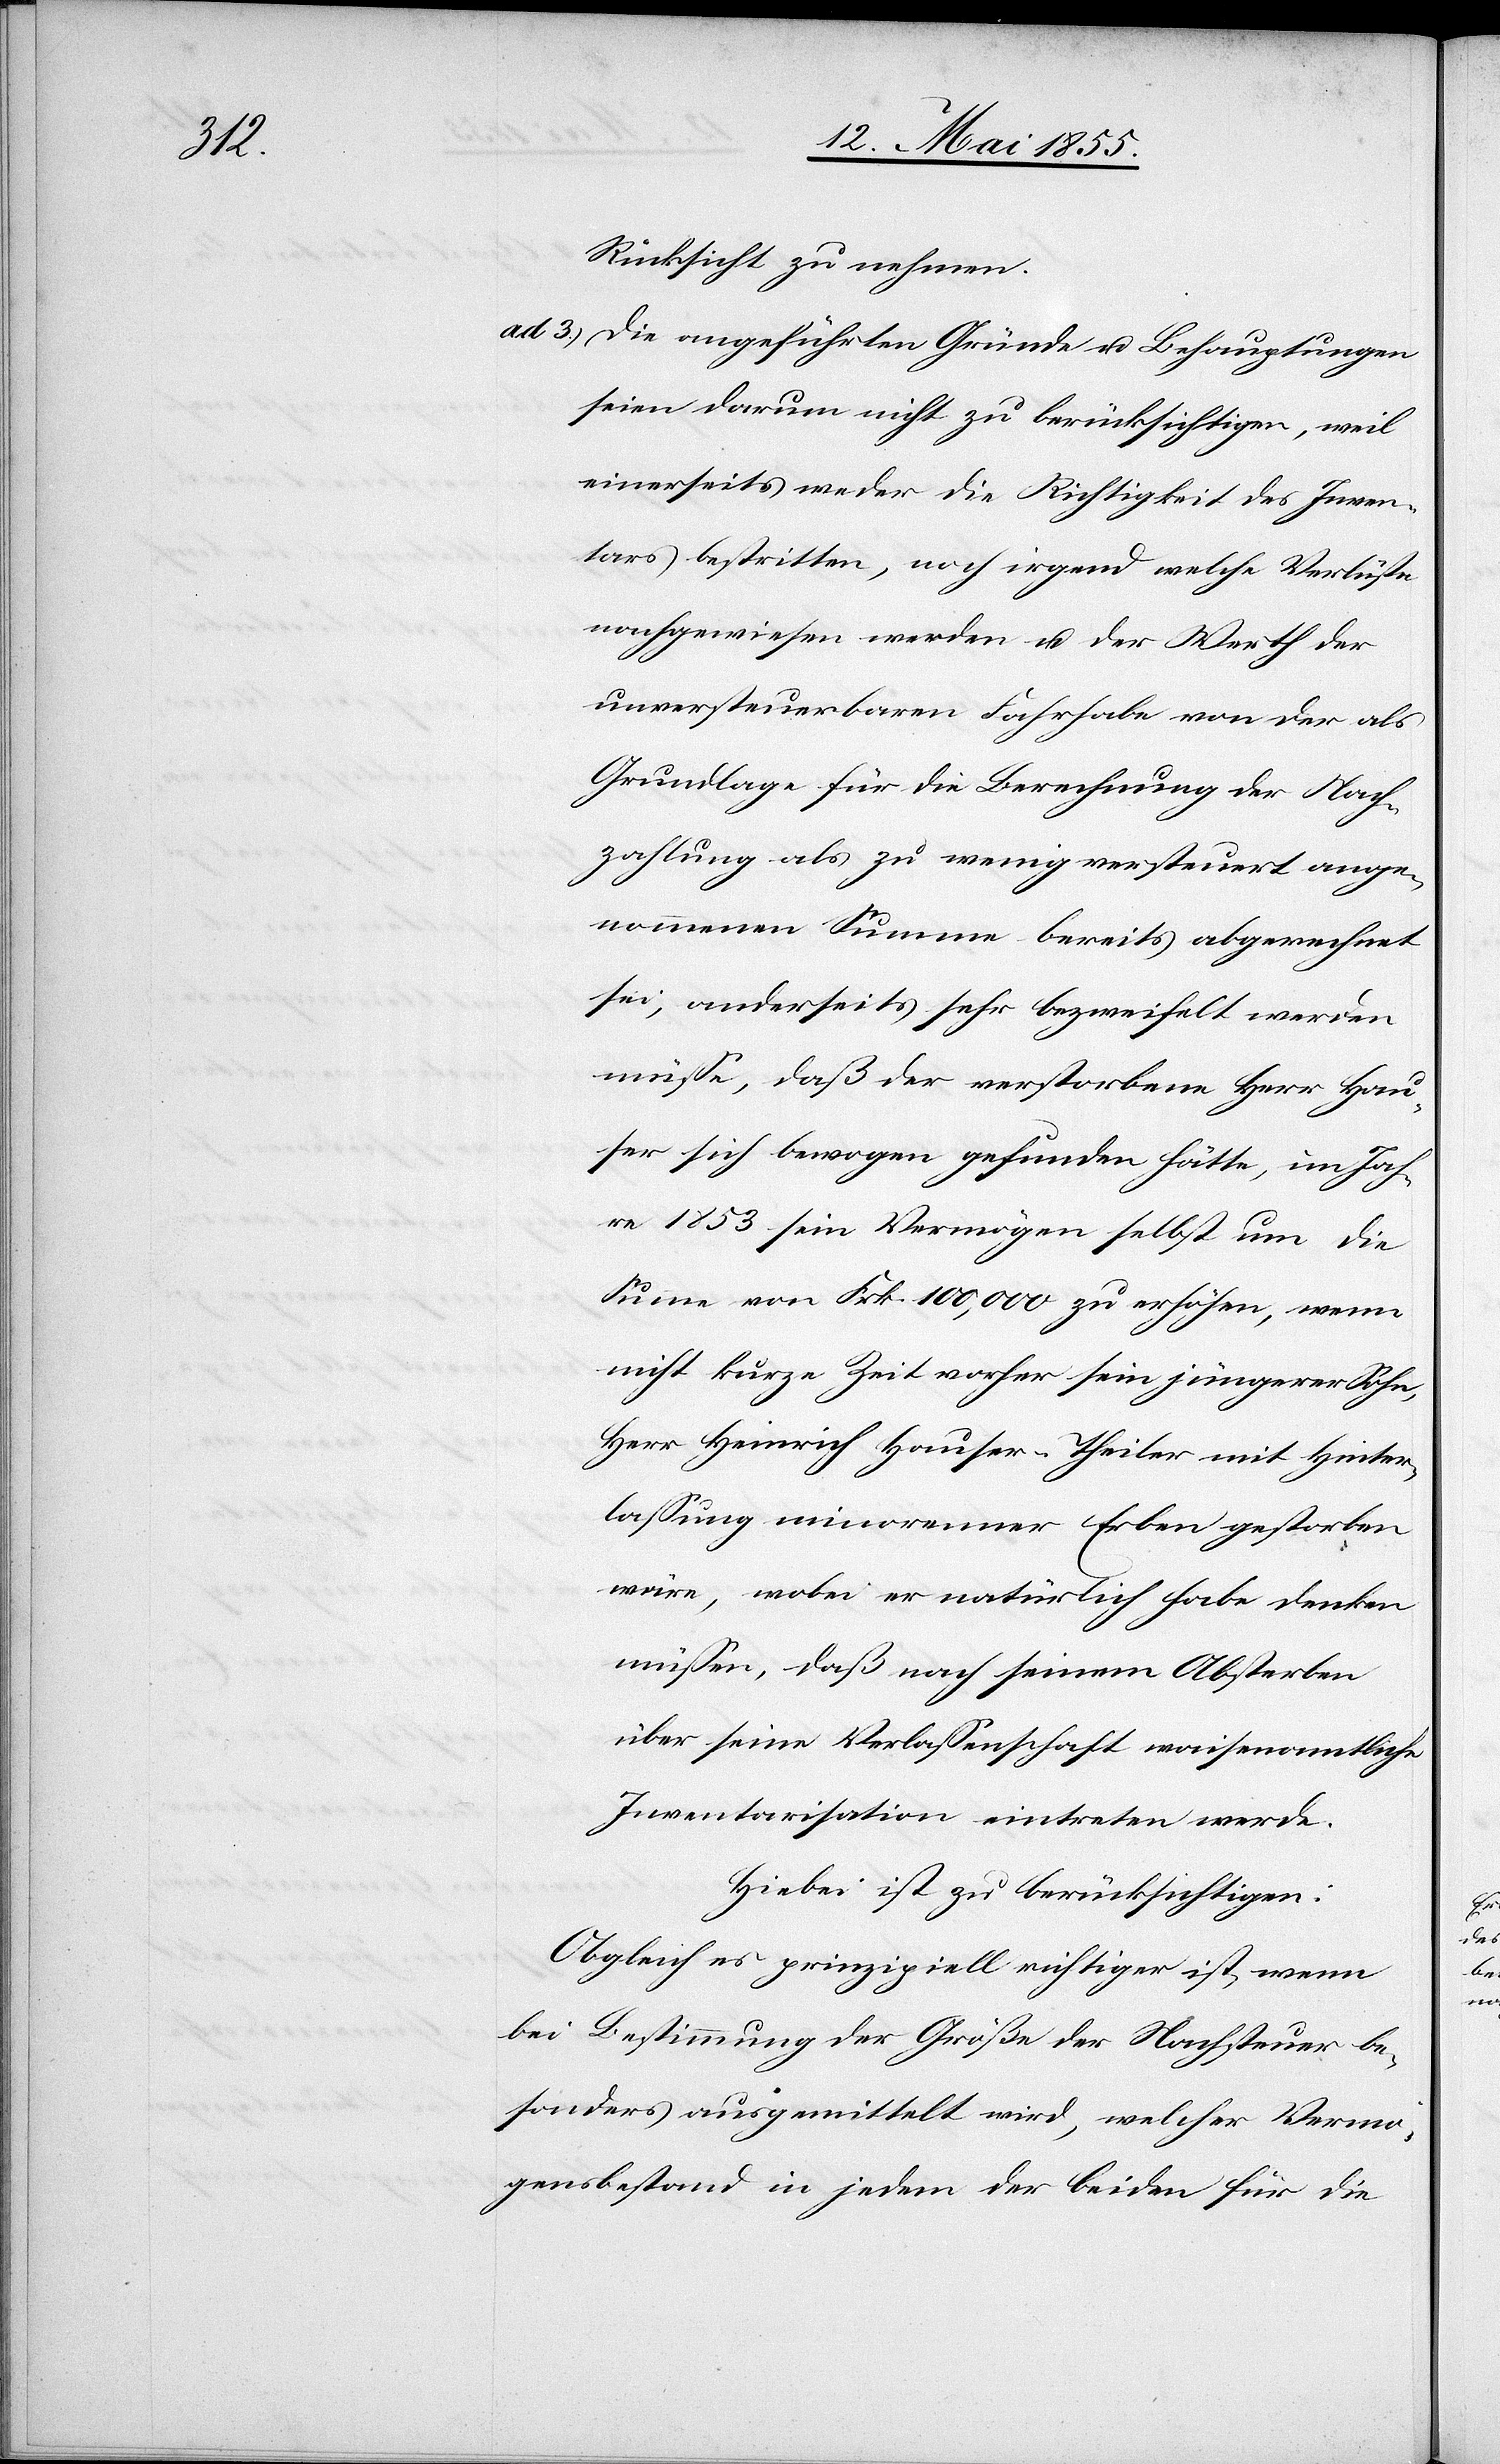
Rücksicht zu nehmen.
Die angeführten Gründe u. Behauptungen
seien darum nicht zu berücksichtigen, weil
einerseits weder die Richtigkeit des Inven¬
tars bestritten, noch irgend welche Verlüste
nachgewiesen werden u. der Werth der
unversteuerbaren Fahrhabe von der als
Grundlage für die Berechnung der Nach¬
zahlung als zu wenig versteuert ange¬
nommenen Summe bereits abgerechnet
sei, anderseits sehr bezweifelt werden
müsse, daß der verstorbene Herr Hau¬
ser sich bewogen gefunden hätte, im Jah¬
re 1853 sein Vermögen selbst um die
Summe von Frk. 100,000 zu erhöhen, wenn
nicht kurze Zeit vorher sein jüngerer Sohn,
Herr Heinrich Hauser-Theiler mit Hinter¬
lassung minorenner Erben gestorben
wäre, wobei er natürlich habe denken
müssen, daß nach seinem Absterben
über seine Verlassenschaft waisenamtliche
Inventarisation eintreten werde.
Hiebei ist zu berücksichtigen:
Obgleich es prinzipiell richtiger ist, wenn
bei Bestimmung der Größe der Nachsteuer be¬
sonders ausgemittelt wird, welcher Vermö¬
gensbestand in jedem der beiden für die